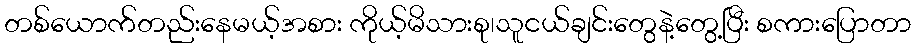
တစ်ယောက်တည်းနေမယ့်အစား ကိုယ့်မိသားစု၊သူငယ်ချင်းတွေနဲ့တွေ့ပြီး စကားပြောတာ